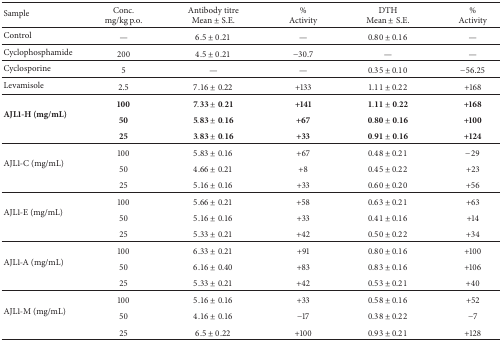
<table><thead><tr><td><b>Sample</b></td><td><b>Conc. mg/kg p.o.</b></td><td><b>Antibody titre Mean ± S.E.</b></td><td><b>% Activity</b></td><td><b>DTH Mean ± S.E.</b></td><td><b>% Activity</b></td></tr></thead><tbody><tr><td>Control</td><td>—</td><td>6.5 ± 0.21</td><td>—</td><td>0.80 ± 0.16</td><td>—</td></tr><tr><td>Cyclophosphamide</td><td>200</td><td>4.5 ± 0.21</td><td>−30.7</td><td>—</td><td>—</td></tr><tr><td>Cyclosporine</td><td>5</td><td>—</td><td>—</td><td>0.35 ± 0.10</td><td>−56.25</td></tr><tr><td>Levamisole</td><td>2.5</td><td>7.16 ± 0.22</td><td>+133</td><td>1.11 ± 0.22</td><td>+168</td></tr><tr><td rowspan="3"><b>AJL1-H (mg/mL)</b></td><td><b>100</b></td><td>7.33 ± 0.21</td><td><b>+141</b></td><td>1.11 ± 0.22</td><td><b>+168</b></td></tr><tr><td><b>50</b></td><td>5.83 ± 0.16</td><td><b>+67</b></td><td>0.80 ± 0.16</td><td><b>+100</b></td></tr><tr><td><b>25</b></td><td>3.83 ± 0.16</td><td><b>+33</b></td><td>0.91 ± 0.16</td><td><b>+124</b></td></tr><tr><td rowspan="3">AJL1-C (mg/mL)</td><td>100</td><td>5.83 ± 0.16</td><td>+67</td><td>0.48 ± 0.21</td><td>−29</td></tr><tr><td>50</td><td>4.66 ± 0.21</td><td>+8</td><td>0.45 ± 0.22</td><td>+23</td></tr><tr><td>25</td><td>5.16 ± 0.16</td><td>+33</td><td>0.60 ± 0.20</td><td>+56</td></tr><tr><td rowspan="3">AJL1-E (mg/mL)</td><td>100</td><td>5.66 ± 0.21</td><td>+58</td><td>0.63 ± 0.21</td><td>+63</td></tr><tr><td>50</td><td>5.16 ± 0.16</td><td>+33</td><td>0.41 ± 0.16</td><td>+14</td></tr><tr><td>25</td><td>5.33 ± 0.21</td><td>+42</td><td>0.50 ± 0.22</td><td>+34</td></tr><tr><td rowspan="3">AJL1-A (mg/mL)</td><td>100</td><td>6.33 ± 0.21</td><td>+91</td><td>0.80 ± 0.16</td><td>+100</td></tr><tr><td>50</td><td>6.16 ± 0.40</td><td>+83</td><td>0.83 ± 0.16</td><td>+106</td></tr><tr><td>25</td><td>5.33 ± 0.21</td><td>+42</td><td>0.53 ± 0.21</td><td>+40</td></tr><tr><td rowspan="3">AJL1-M (mg/mL)</td><td>100</td><td>5.16 ± 0.16</td><td>+33</td><td>0.58 ± 0.16</td><td>+52</td></tr><tr><td>50</td><td>4.16 ± 0.16</td><td>−17</td><td>0.38 ± 0.22</td><td>−7</td></tr><tr><td>25</td><td>6.5 ± 0.22</td><td>+100</td><td>0.93 ± 0.21</td><td>+128</td></tr></tbody></table>